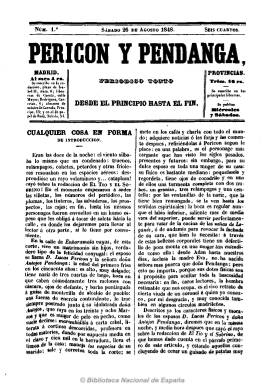
Título: Pericón y Pendanga
Colección: Revistas satíricas y humorísticas || Periódicos
Ámbito geográfico: Madrid
Lugar de publicación: Madrid
Fechas: 26/08/1848-30/08/1848

Publicación humorística madrileña, continuadora de las del mismo carácter tituladas El tío y el sobrino y El papamoscas y su tío, editadas también en 1848, con periodicidad bisemanal (salía los miércoles y sábados) en números de ocho páginas. Del mismo tono que sus predecesoras, y subtitulada “periódico tonto desde el principio hasta el fin”, en este caso sólo edita dos números durante el mes de agosto del citado año, y sus textos son preferentemente diálogos de costumbres de los dos personajes que integran el título y que forman matrimonio. También incluye composiciones en verso, así como charadas y epigramas. Será continuada por el también satírico El diablo.